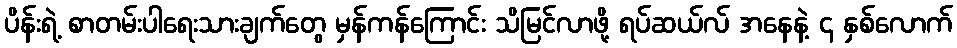
ပိန်းရဲ့ စာတမ်းပါရေးသားချက်တွေ မှန်ကန်ကြောင်း သိမြင်လာဖို့ ရပ်ဆယ်လ် အနေနဲ့ ၄ နှစ်လောက်